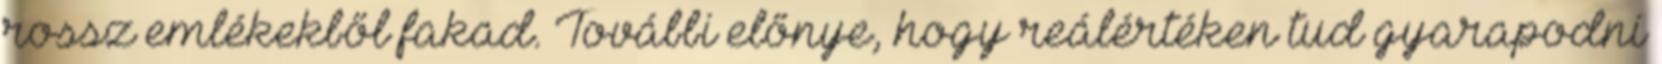
rossz emlékekből fakad. További előnye, hogy reálértéken tud gyarapodni